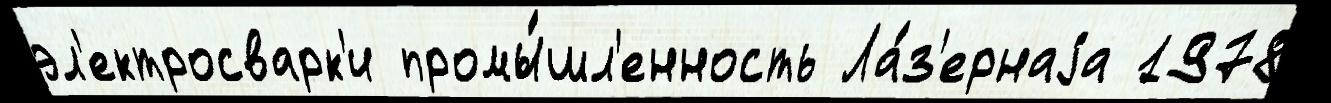
эл'ектросварк'и промы́шл'енность Ла́з'ернаjа 1978